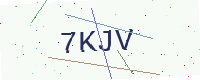
Text: 7KJV